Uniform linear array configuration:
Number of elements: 4
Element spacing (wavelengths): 0.5
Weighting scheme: blackman
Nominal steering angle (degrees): -15
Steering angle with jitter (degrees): -15.989
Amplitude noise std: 0.05
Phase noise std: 0.05

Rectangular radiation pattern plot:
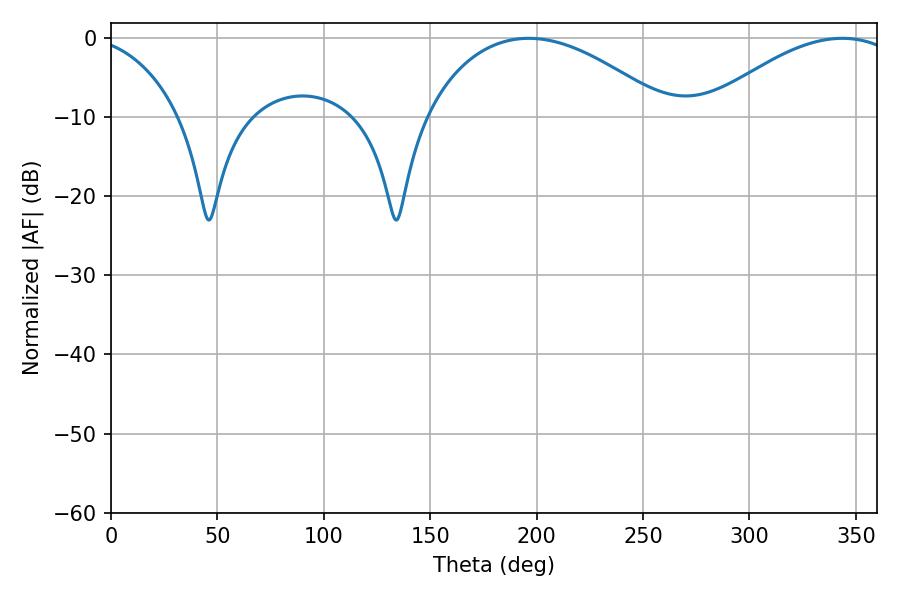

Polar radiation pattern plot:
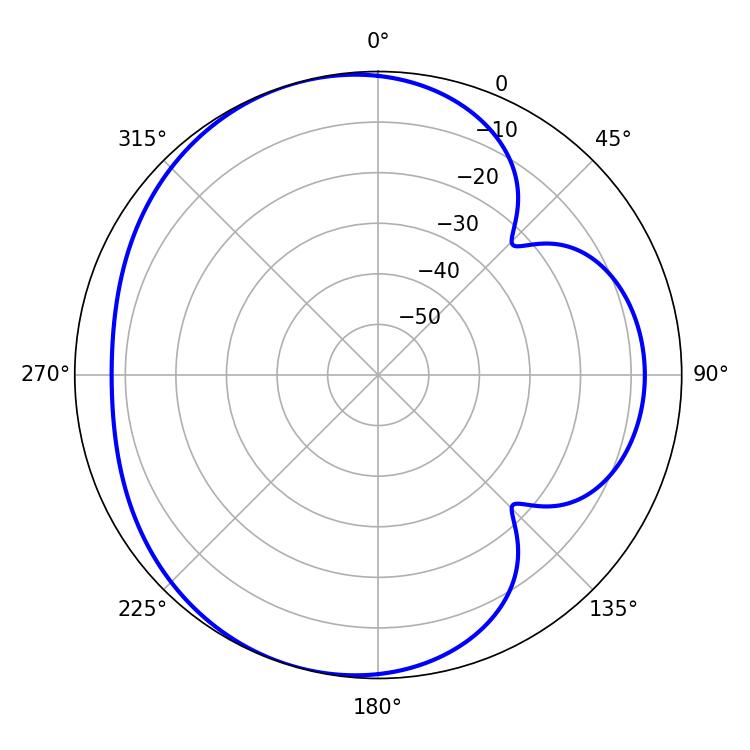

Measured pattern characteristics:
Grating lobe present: FALSE
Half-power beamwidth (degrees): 64.08
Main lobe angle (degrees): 196.38